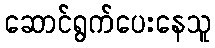
ဆောင်ရွက်ပေးနေသူ